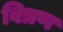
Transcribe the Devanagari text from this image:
वित्रण